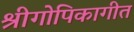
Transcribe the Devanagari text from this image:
श्रीगोपिकागीत